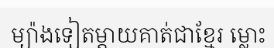
ម្យ៉ាងទៀតម្តាយគាត់ជាខ្មែរ ម្លោះ